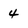
Character: 4